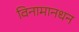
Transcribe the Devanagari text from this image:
विनामानधन